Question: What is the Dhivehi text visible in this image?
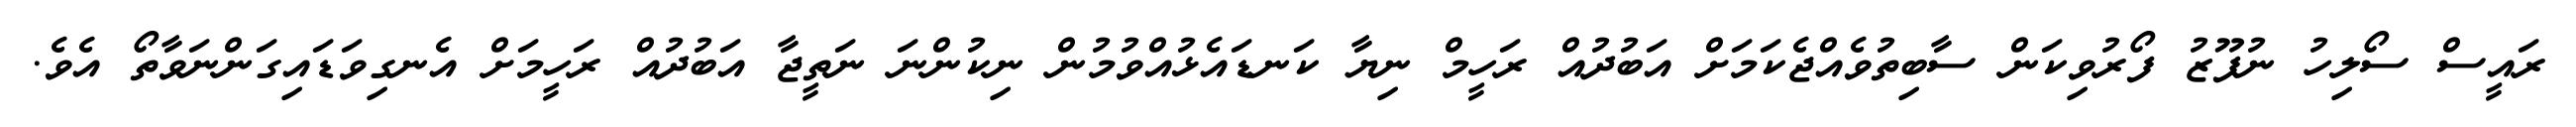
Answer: ރައީސް ސޯލިހު ނުފޫޒު ފޯރުވިކަން ސާބިތުވެއްޖެކަމަށް އަބުދުއް ރަހީމް ނިޔާ ކަނޑައެޅުއްވުމުން ނިކުންނަ ނަތީޖާ އަބުދުއް ރަހީމަށް އެނގިވަޑައިގަންނަވާތޯ އެވެ.